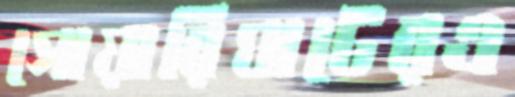
সোয়ারিঘাটেরএ